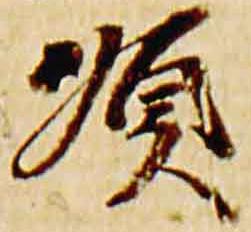
順